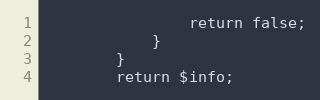
Language: PHP
                return false;
            }
        }
        return $info;